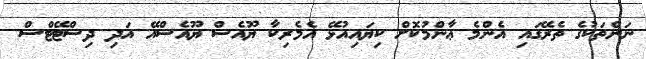
ނަންތަކުގެ ތެރޭގައި އެންމެ ޢާންމުކޮށް ކިޔައިއުޅޭ އެމެރިކާ ޔޫއެސް ޔޫއެސްއޭ އަދި ދިސްޓޭޓްސް